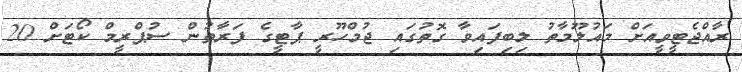
ރާއްޖެޓީވީއަށް މައުލޫމާތު ލިބިފައިވާ ގޮތުގައި ޖުމްހޫރީ ޕާޓީގެ ފަރާތުން ސުޕްރީމް ކޯޓަށް 20